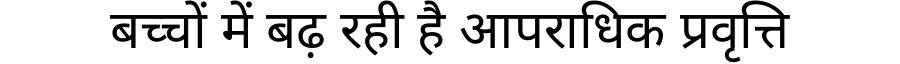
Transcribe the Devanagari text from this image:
बच्चों में बढ़ रही है आपराधिक प्रवृत्ति